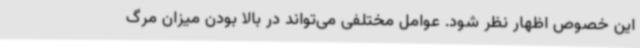
این خصوص اظهار نظر شود. عوامل مختلفی می‌تواند در بالا بودن میزان مرگ